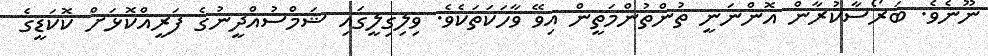
ނޫނެވެ. ބަރޯސާކުރާން އޮންނަނީ ތުންތުންމަތީން އިވޭ ވާހަކަތަކެވެ. ވިލިގިލީގައި ޝަމްސުއްދީނުގެ ފަރީއްކޮޅަށް ކޮކަޑީގެ